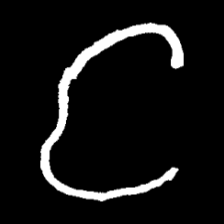
Pyu character \u2014 Myanmar letter: င (romanized: nga)